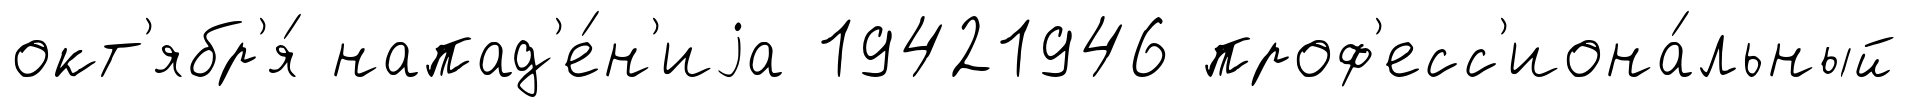
окт'ябр'я́ напад'е́н'иjа 19421946 проф'есс'иона́льный